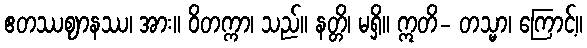
ဧတဿဈာနဿ၊ အား။ ဝိတက္ကာ၊ သည်။ နတ္တိ၊ မရှိ။ ဣတိ- တသ္မာ၊ ကြောင့်။